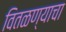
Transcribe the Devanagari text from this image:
वितळण्याचा